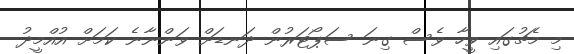
މި މެޗުގައި ވީހާ ވެސް ގިނަ ސަޕޯޓަރުން ދަނޑަށް ވަންނާނެ ކަމަށް އުއްމީދު